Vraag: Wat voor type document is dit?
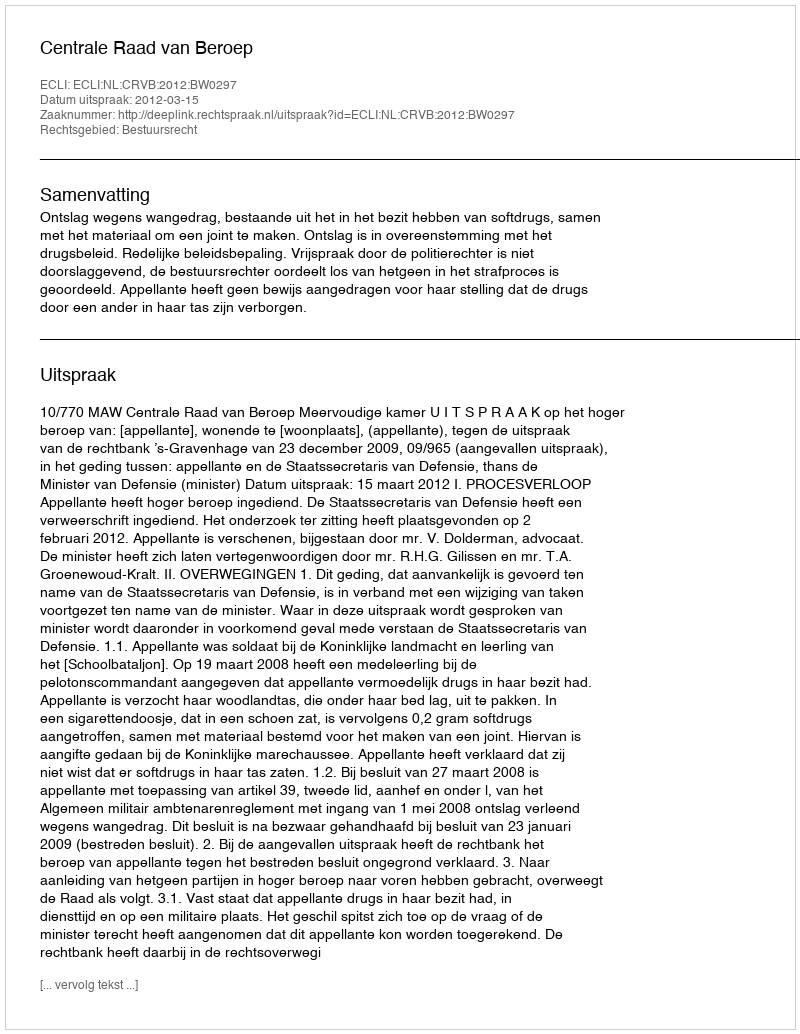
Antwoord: Uitspraak